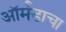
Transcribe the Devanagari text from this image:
ऑर्मंडाचा